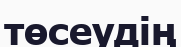
төсеудің